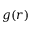
g ( r )